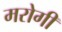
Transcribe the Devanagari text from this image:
मरोगी